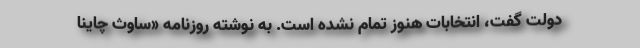
دولت گفت، انتخابات هنوز تمام نشده است. به نوشته روزنامه «ساوث چاینا